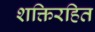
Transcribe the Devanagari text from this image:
शक्तिरहित